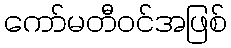
ကော်မတီဝင်အဖြစ်